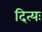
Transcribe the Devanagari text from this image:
दित्यः